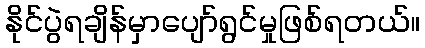
နိုင်ပွဲရချိန်မှာပျော်ရွင်မှုဖြစ်ရတယ်။